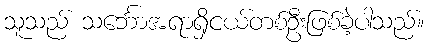
သူသည် သင်္ဘောအရာရှိငယ်တစ်ဦးဖြစ်ခဲ့ပါသည်။